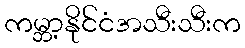
ကမ္ဘာ့နိုင်ငံအသီးသီးက